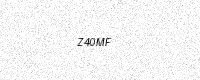
Text: Z40MF